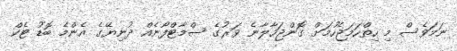
ނަމަވެސް މި ހިތްހަމަޖެހުމަށް ގޮންޖަހާލާނެ ވަރުގެ ސްމާޓްފޯނެއް ދުނިޔޭގެ އެންމެ ބޮޑު ޓެކް